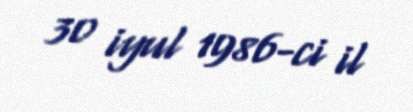
30 iyul 1986-ci il